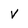
Character: V